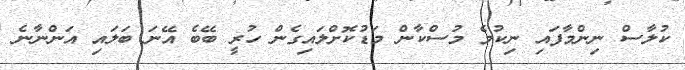
ކުލާސް ނިންމާފައި ނިކުމެ މުސްކާން މަޑުކޮށްލައިގެން ހުރީ ބޭބެ އޭނަ ބަލައި އަންނާނެ